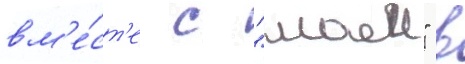
вм'е́ст'е с "маеи" в